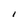
Character: I